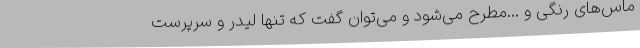
ماس‌های رنگی و ...مطرح می‌شود و می‌توان گفت که تنها لیدر و سرپرست